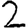
Digit: 2